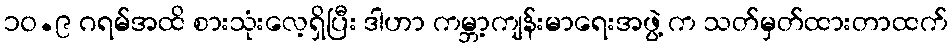
၁၀.၉ ဂရမ်အထိ စားသုံးလေ့ရှိပြီး ဒါဟာ ကမ္ဘာ့ကျန်းမာရေးအဖွဲ့ က သတ်မှတ်ထားတာထက်